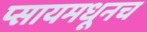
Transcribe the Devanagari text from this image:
प्सायमधूनच